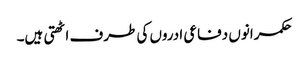
حکمرانوں دفاعی ادروں کی طرف اٹھتی ہیں۔